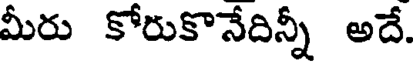
మీరు కోరుకొనేదిన్నీ అదే.